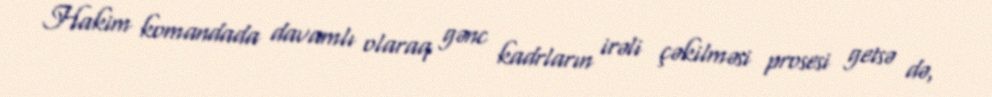
Hakim komandada davamlı olaraq gənc kadrların irəli çəkilməsi prosesi getsə də,